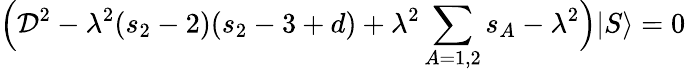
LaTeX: \Big({\cal D}^{2}-\lambda^{2}(s_{2}-2)(s_{2}-3+d)+\lambda^{2}\sum_{A=1,2}s_{A}-\lambda^{2}\Big)|S\rangle=0\,